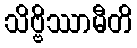
သိဗ္ဗိဿာမီတိ